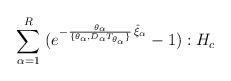
LaTeX: \begin{align*}\;\sum_{\alpha=1}^R \;(e^{-\frac{\theta_\alpha}{\lbrace\theta_\alpha,D_\alpha T_{\theta_\alpha}\rbrace}\,\hat\xi_\alpha}- 1): H_c\;\end{align*}